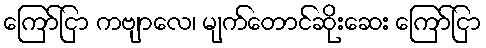
ကြော်ငြာ ကဗျာလေ၊ မျက်တောင်ဆိုးဆေး ကြော်ငြာ